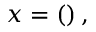
\begin{array} { r } { \boldsymbol { x } = \left( \begin{array} { r l } \end{array} \right) , } \end{array}